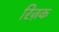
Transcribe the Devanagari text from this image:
रिज़क